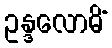
ဥန္ဒလောမိံ